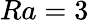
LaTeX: Ra=3